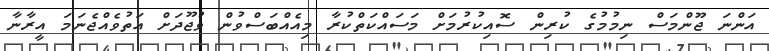
އަންނަ ޖޫންމަސް ނިމުމުގެ ކުރިން ސޮއިކުރުމަށް މަސައްކަތްކުރާ މިއެއްބަސްވުން ވުޖޫދަށް އަތުވެއްޖެނަމަ އީރާނާ